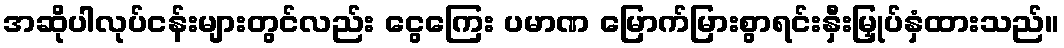
အဆိုပါလုပ်ငန်းများတွင်လည်း ငွေကြေး ပမာဏ မြောက်မြားစွာရင်းနှီးမြှုပ်နှံထားသည်။